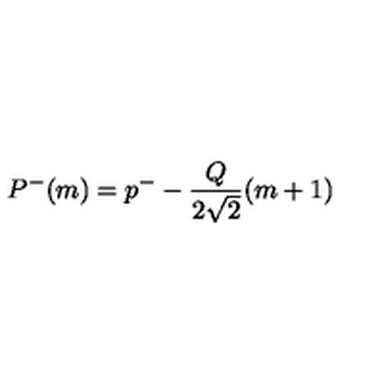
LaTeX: P ^ { - } ( m ) = p ^ { - } - \frac { Q } { 2 \sqrt { 2 } } ( m + 1 )